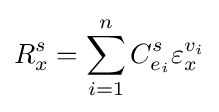
R_{x}^{s}=\sum _{i=1}^{n}C_{e_{i}}^{s}\varepsilon _{x}^{v_{i}}